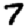
Digit: 7